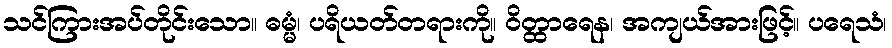
သင်ကြားအပ်တိုင်းသော။ ဓမ္မံ၊ ပရိယတ်တရားကို။ ဝိတ္ထာရေန၊ အကျယ်အားဖြင့်။ ပရေသံ၊